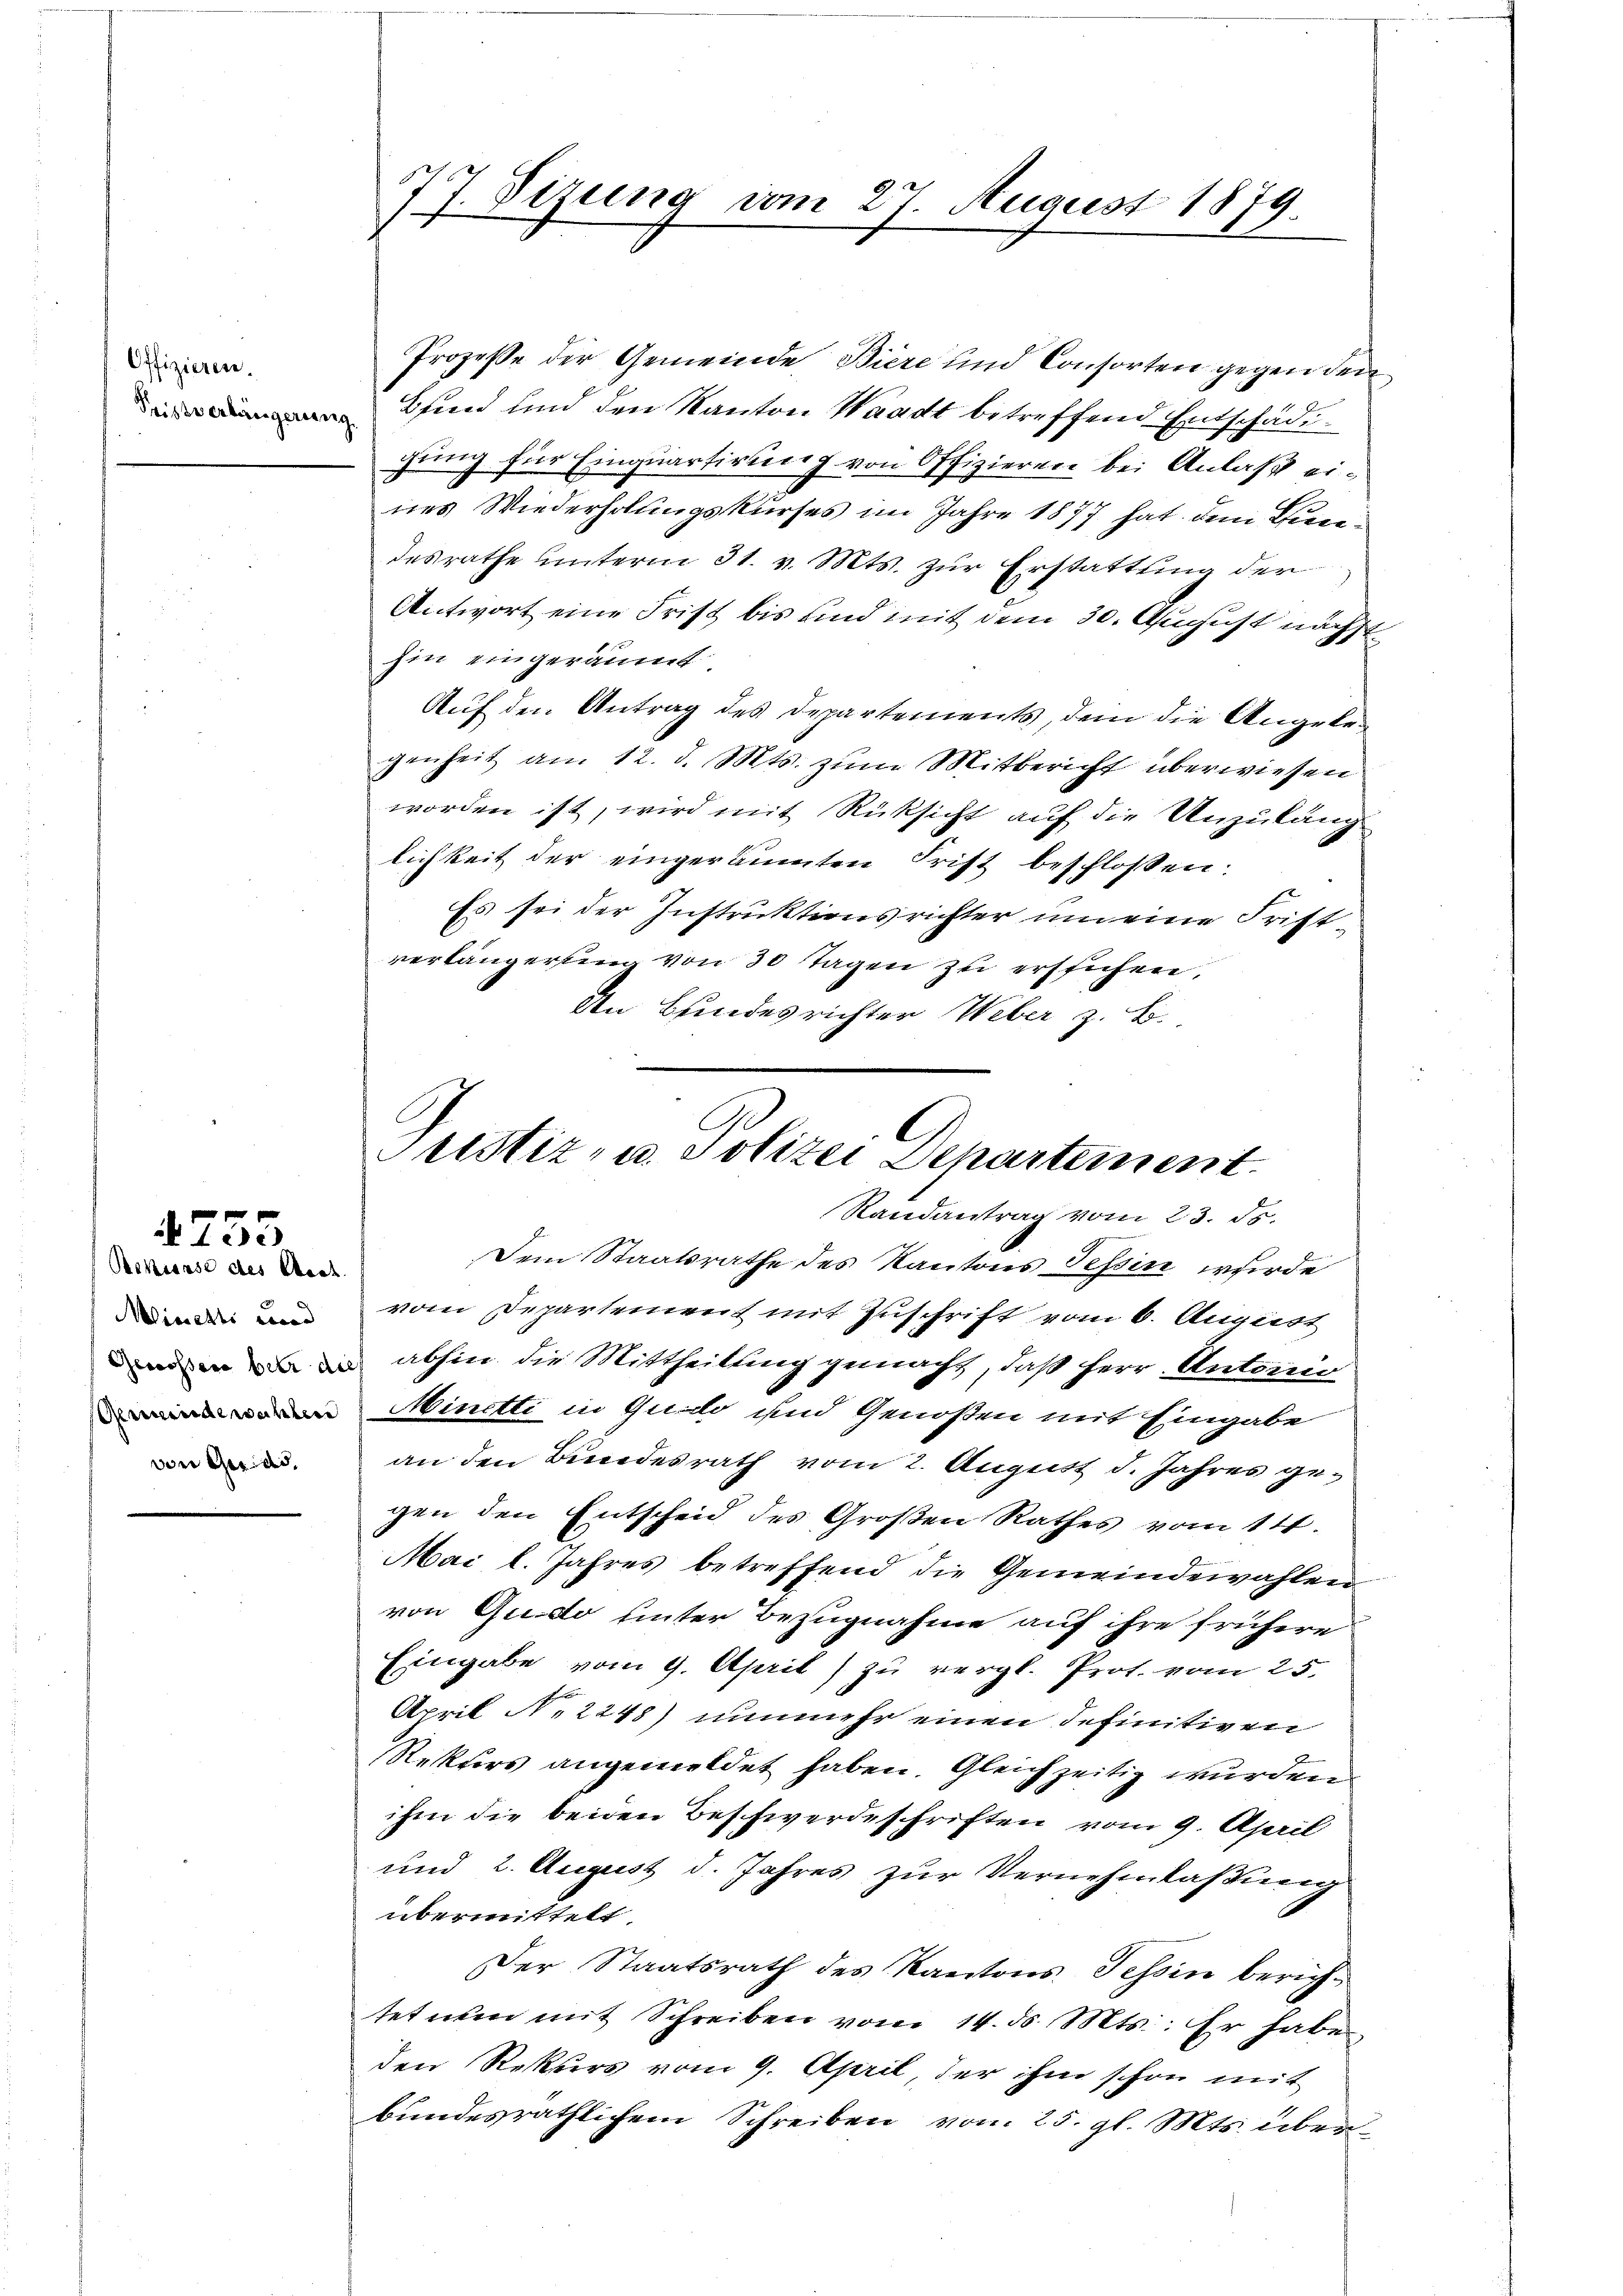
Offizieren.

Micielli cond
von der de

730
Rekisase des Staat

77. Sizung vom 27. August 1879.

Prozesse der Gemeinde Biere und Consorten gegen den
Pfund und den Kanton Waadt betreffend Entschäden
gung für Einquartirung von Offizieren bei Anlaß eines Wiederholungskurses im Jahre 1877 hat dem Bundesrathe unterm 31. v. Mts. zur Erstattung der
Antwort eine Frist bis und mit dem 30. August nächst
hin eingeräumt
Auf den Antrag des Departements, dem die Angelegenheit am 12. d. Mts. zŭm Mitbericht überwiesen
worden ist, wird mit Rüksicht auf die Unzulang
lichkeit der eingeräumten Frist beschlossen:
Es sei der Instruktionsrichter um eine Fristverlängerung von 30 Tagen zu erstichen,
An Bundesrichter Weber z. B.

Justiz- u. Polizei Departement.

Randantrag vom 23. ds.
Dem Staatsrathe des Kantons Tessin wurde
vom Departement mit Zuschrift vom 6. August
 abhin die Mittheilung gemacht, daß Herr Antorio
Minetti in Guido und Genoßen mit Eingabe
an den Bundesrath vom 2. August d. Jahres gegen den Entscheid des Großen Rathes vom 14.
Mai l. Jahres betreffend die Gemeindewahlen
von Quido unter Bezugnahme auf ihre frühere
Eingabe vom 9. April) zu vergl. Prot. vom 25.
April N. 2248) nunmehr einen definitiven
Rekurs angemeldet haben. Gleichzeitig wurden
ihm die beiden Beschwerdeschriften vom 9. April
und 2. August d. Jahres zur Vernehmlaßung
übermittelt.
Der Staatsrath des Kantons Tessin berichteturen mit Schreiben vom 14. d. Mts.: Er haben
den Rekurs vom 9. April, der ihm schon mit
bundesräthlichem Schreiben vom 25. gl. Mts. über¬